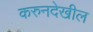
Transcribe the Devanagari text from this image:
करुनदेखील